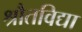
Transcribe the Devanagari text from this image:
श्रौतविद्या